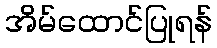
အိမ်ထောင်ပြုရန်